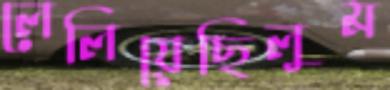
লেলিয়েছিলুম